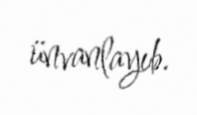
ünvanlayıb.